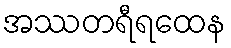
အဿတရီရထေန